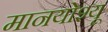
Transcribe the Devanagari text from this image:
मानयोश्यू